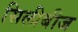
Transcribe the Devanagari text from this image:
सिलीबीज